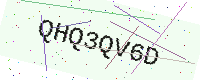
Text: QHQ3QV6D